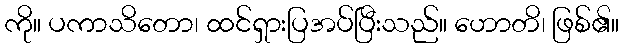
ကို။ ပကာသိတော၊ ထင်ရှားပြအပ်ပြီးသည်။ ဟောတိ၊ ဖြစ်၏။